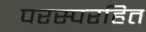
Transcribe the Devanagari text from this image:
परस्परहित